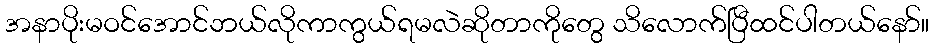
အနာပိုးမဝင်အောင်ဘယ်လိုကာကွယ်ရမလဲဆိုတာကိုတွေ သိလောက်ပြီထင်ပါတယ်နော်။